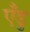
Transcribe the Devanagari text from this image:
एँडु